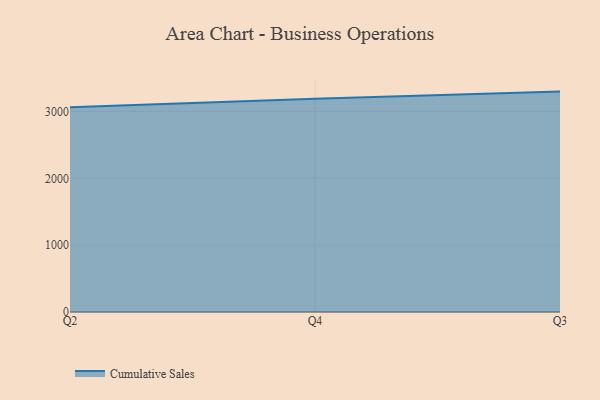
{"axis": {"x": "Quarter", "y": "Latency (ms)"}, "legend": ["Cumulative Sales"], "data": [{"x": "Q2", "y": 3064.7, "type": "Cumulative Sales"}, {"x": "Q4", "y": 3191.7, "type": "Cumulative Sales"}, {"x": "Q3", "y": 3297.4, "type": "Cumulative Sales"}]}